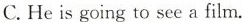
C. He is going to see a film.